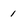
Character: 1